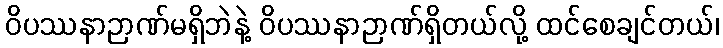
ဝိပဿနာဉာဏ်မရှိဘဲနဲ့ ဝိပဿနာဉာဏ်ရှိတယ်လို့ ထင်စေချင်တယ်၊